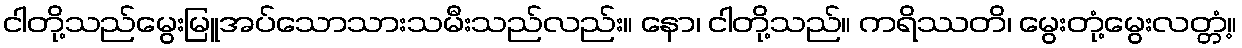
ငါတို့သည်မွေးမြူအပ်သောသားသမီးသည်လည်း။ နော၊ ငါတို့သည်။ ကရိဿတိ၊ မွေးတုံ့မွေးလတ္တံ့။